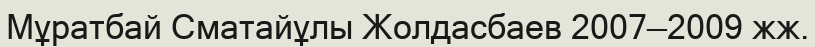
Мұратбай Сматайұлы Жолдасбаев 2007—2009 жж.